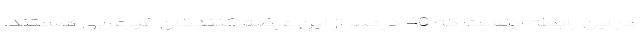
در این رابطه اینست که 40 درصد از این عرضه کنندگان غیرغربی هستند.